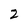
Character: 2